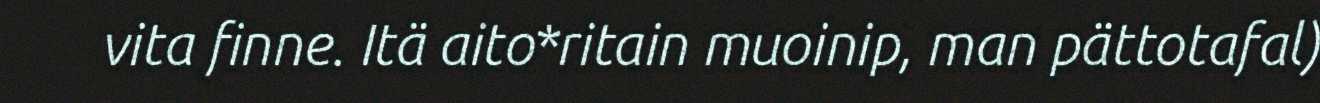
vita finne. Itä aito*ritain muoinip, man pättotafal)